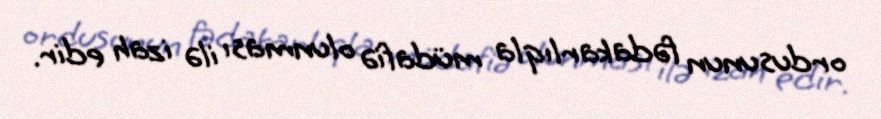
ordusunun fədakarlıqla müdafiə olunması ilə izah edir.